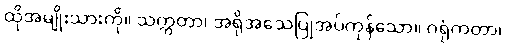
ထိုအမျိုးသားကို။ သက္ကတာ၊ အရိုအသေပြုအပ်ကုန်သော။ ဂရုံကတာ၊